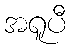
အရူပီ